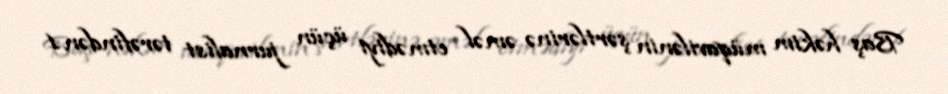
Baş həkim müqavilənin şərtlərinə əməl etmədiyi üçün jurnalist tərəfindən 1